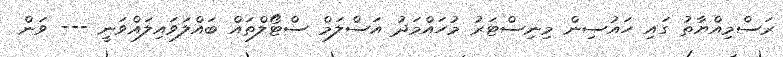
ރަސްމިއްޔާތު ގައި ހައުސިން މިނިސްޓަރު މުހައްމަދު އަސްލަމް ސްޓޯލްތައް ބައްލަވައިލައްވަނީ --- ވަން